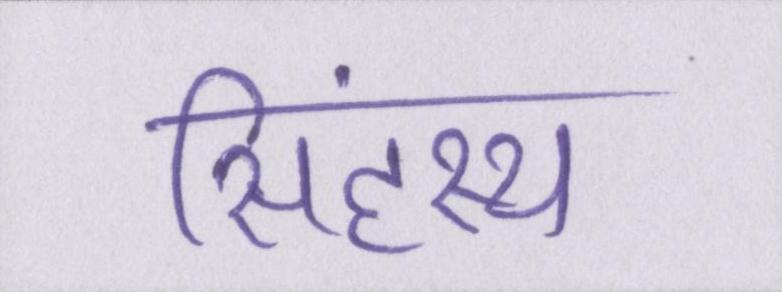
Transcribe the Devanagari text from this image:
सिंहस्थ